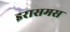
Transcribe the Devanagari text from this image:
इरासमस